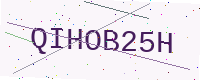
Text: QIHOB25H